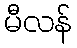
မီလန်